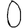
Digit: 0